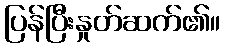
ပြန်ပြီးနှုတ်ဆက်၏။